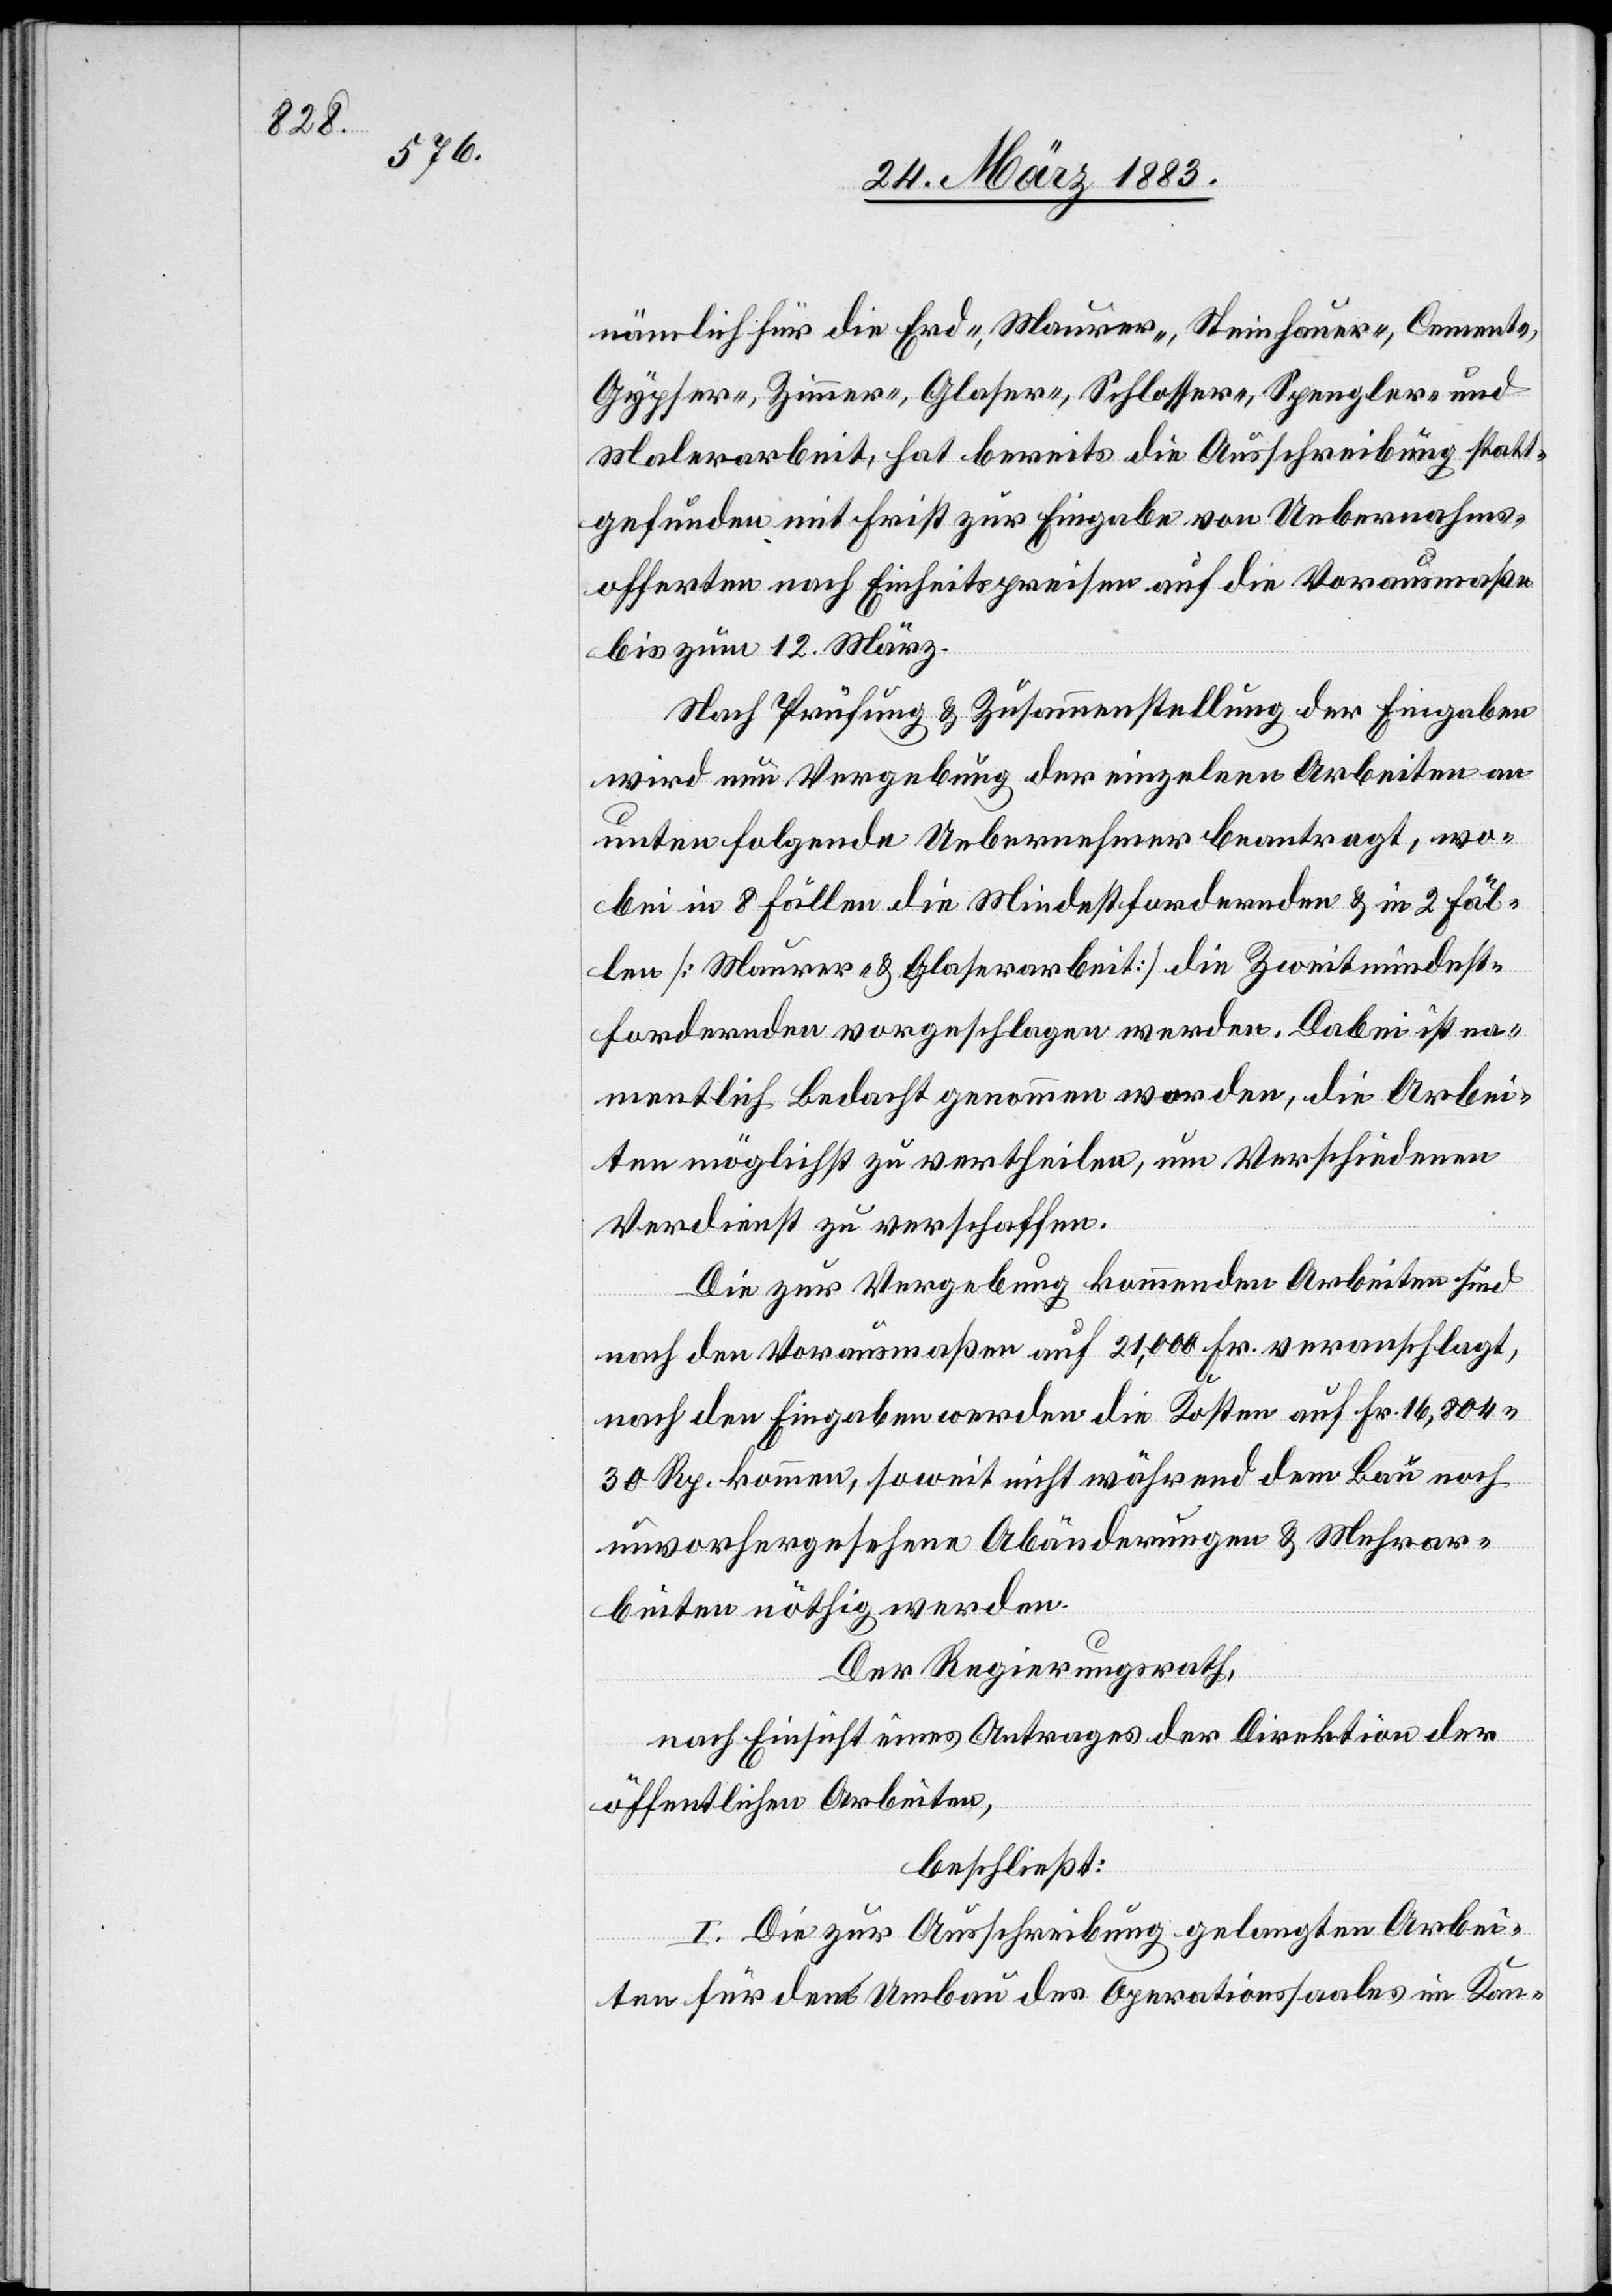
nämlich für die Erd-, Maurer-, Steinhauer-, Cement-,
Gypser-, Zimmer-, Glaser-, Schlosser-, Spengler- und
Malerarbeit, hat bereits die Ausschreibung statt¬
gefunden mit Frist zur Eingabe von Uebernahms¬
offerten nach Einheitspreisen auf die Vorausmaße
bis zum 12. März.
Nach Prüfung und Zusammenstellung der Eingaben
wird nun Vergebung der einzelnen Arbeiten an
unten folgende Uebernehmer beantragt, wo¬
bei in 8 Fällen die Mindestfordernden & in 2 Fäl¬
len [Maurer- & Glaserarbeit] die Zweitmindest¬
fordernden vorgeschlagen werden. Dabei ist na¬
mentlich Bedacht genommen worden, die Arbei¬
ten möglichst zu vertheilen, um Verschiedenen
Verdienst zu verschaffen.
Die zur Vergebung kommenden Arbeiten sind
nach den Vorausmaßen auf 21,000 Fr. veranschlagt,
nach den Eingaben werden die Kosten auf Fr. 16,804
30 Rp. kommen, soweit nicht während dem Bau noch
unvorhergesehene Abänderungen & Mehrar¬
beiten nöthig werden.
Der Regierungsrath,
nach Einsicht eines Antrages der Direktion der
öffentlichen Arbeiten,
beschließt:
I. Die zur Ausschreibung gelangten Arbei¬
ten für den Umbau des Operationssaales im Kan-